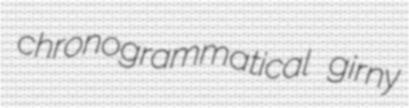
chronogrammatical girny